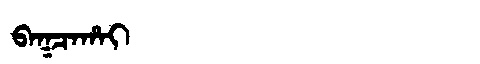
Manchu: ᠪᠠᡴᠴᠠᡥᠠᡳ
Romanization: BAKCAHAI